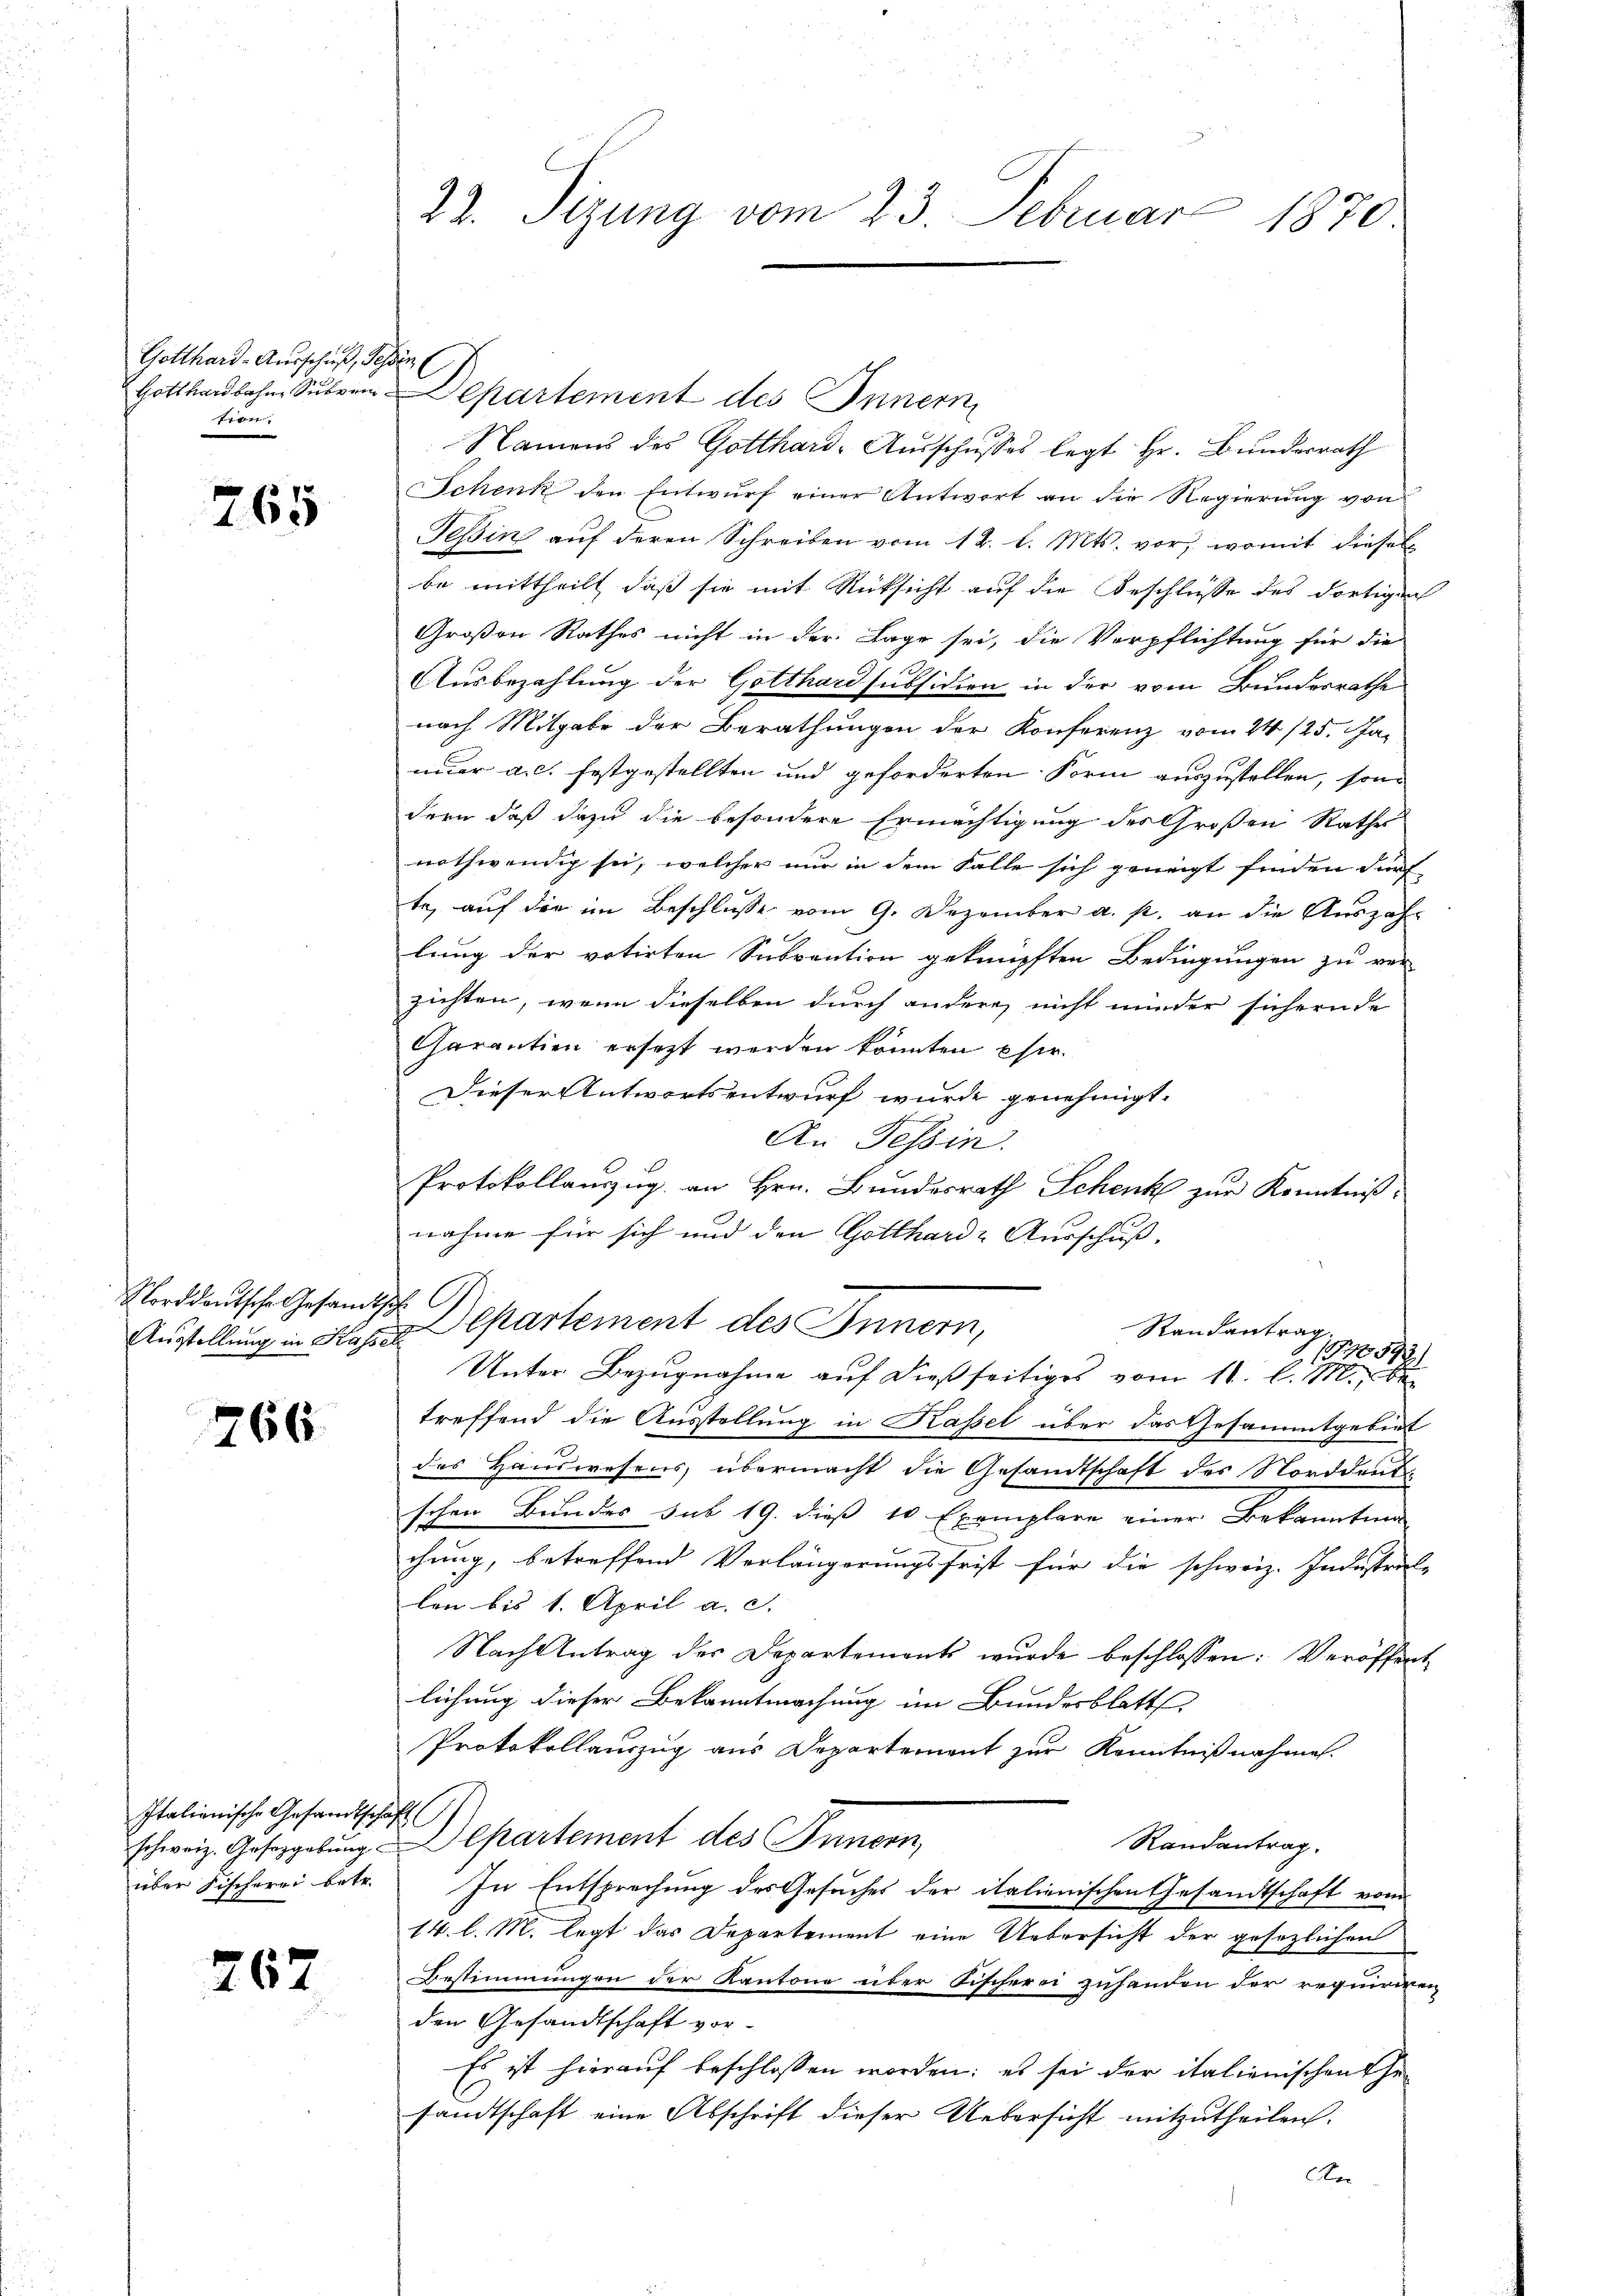
Gotthard-Ausschieß, Schen
tion.

765

Norddeutsche Gesandtsch

766

Italienische Gesandtschäft

267

22. Sizung vom 23. Februar 1870

Namens des Gotthard-Ausschusses legt Hr. Bundesrath
Schenk den Entwŭrf einer Antwort an die Regierŭng von
Tessin auf deren Schreiben vom 12. l. Mts. vor, womit dieses
be mittheilt, daß sie mit Rücksicht auf die Beschlüsse des dortigen
Großen Rathes nicht in der Lage sei, die Verpflichtung für die
Ausbezahlung der Gotthardsubsidien in der vom Bundesrathe
nach Mitgabe der Berathungen der Konferenz vom 24 /25. Ja-
nur a. c. festgestellten und geforderten Form auszustellen, sondern daß dazu die besondere Ermächtigung des Großen Rathes
nothwendig sei, welcher nur in dem Falle sich geneigt finden darf
te, auf die im Beschlüsse vom 9. Dezember a. p. an die Auszahlung der votirten Subvention geknüpften Bedingungen zu ver-
zichten, wenn dieselben durch andere, nicht minder sichernde
Carantien ersetzt werden könnten Eher
Dieser Antwortsentwurf wurde genehmigt.
An Tessin.
Protokollauszug an Hrn. Bundesrath Schenk zur Kenntniß
nahme für sich und den Gotthard Ausschuß,
Randantrag.
Austellung in Kaspartement des Innern,
11970592
Unter Bezugnahme auf dießseitiges vom 11. l. M., be
treffend die Ausstellung in Kassel über das Gesammtgebiet
des Hauswesens, übermacht die Gesamtschaft des Norddent
schen Bundes sub 19. dieß 10 Exemplare einer Bekanntma
chung, betreffend Vorlängerungsfrist für die schweiz. Industrale
len bis 1. April a. c.
Nach Antrag der Departements wurde beschlossen: Veröffent
lichung dieser Bekanntmachung im Bundesblatt
Protokollauszug aus Departement zur Kenntnißnahmen.
schweiz. Geseggebŭng partement des Innern,
Randantrag.
über Fischerei betr. In Entsprechung des Gesuches der italienischen Gesandtschaft vom
14. l. M. legt das Departement eine Uebersicht der gesezlichen
Bestimmungen der Kantone über Fischerei zuhanden der requiriren
den Gesandtschaft vor¬
Es ist hierauf beschlossen worden: es sei der italienischen Thesandtschaft eine Abschrift dieser Uebersicht mitzutheilen.
An

Gotthardbahn Subven-Departement des Innern